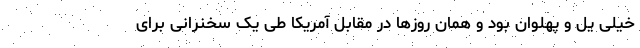
خیلی یل و پهلوان بود و همان روزها در مقابل آمریکا طی یک سخنرانی برای